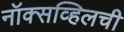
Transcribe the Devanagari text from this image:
नॉक्सव्हिलची